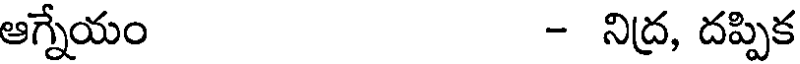
ఆగ్నేయం - నిద్ర, దప్పిక